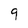
Character: 9